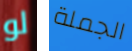
لو الجملة